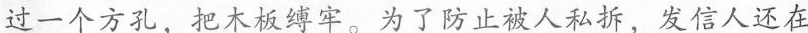
过一个方孔，把木板缚牢。为了防止被人私拆，发信人还在